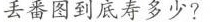
丢番图到底寿多少?